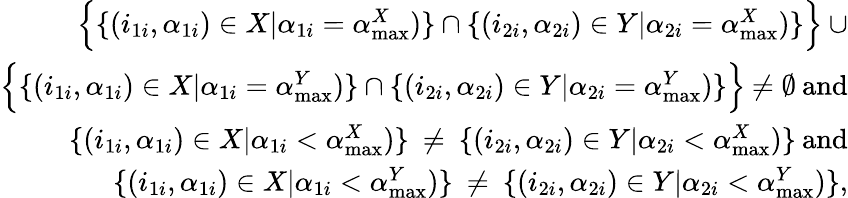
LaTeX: \begin{array}{r}{\Bigl\{ \{ (i_{1i},\alpha_{1i})\in X|\alpha_{1i}=\alpha_{\operatorname*{max}}^{X})\} \cap\{ (i_{2i},\alpha_{2i})\in Y|\alpha_{2i}=\alpha_{\operatorname*{max}}^{X})\} \Bigl\} \: \cup}\\ {\Bigl\{ \{ (i_{1i},\alpha_{1i})\in X|\alpha_{1i}=\alpha_{\operatorname*{max}}^{Y})\} \cap\{ (i_{2i},\alpha_{2i})\in Y|\alpha_{2i}=\alpha_{\operatorname*{max}}^{Y})\} \Bigl\} \: \neq\emptyset\: \mathrm{and}}\\ {\{ (i_{1i},\alpha_{1i})\in X|\alpha_{1i}<\alpha_{\operatorname*{max}}^{X})\} \: \neq\: \{ (i_{2i},\alpha_{2i})\in Y|\alpha_{2i}<\alpha_{\operatorname*{max}}^{X})\} \: \mathrm{and}}\\ {\{ (i_{1i},\alpha_{1i})\in X|\alpha_{1i}<\alpha_{\operatorname*{max}}^{Y})\} \: \neq\: \{ (i_{2i},\alpha_{2i})\in Y|\alpha_{2i}<\alpha_{\operatorname*{max}}^{Y})\} ,}\end{array}